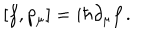
\left[ f , p _ { \mu } \right] = i \hbar \partial _ { \mu } f \, .